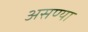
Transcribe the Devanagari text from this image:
असण्या